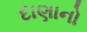
દાણાનો